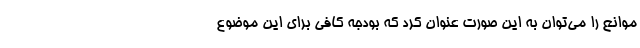
موانع را می‌توان به این صورت عنوان کرد که بودجه کافی برای این موضوع